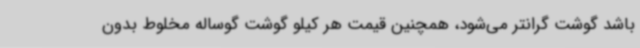
باشد گوشت گرانتر می‌شود، همچنین قیمت هر کیلو گوشت گوساله مخلوط بدون